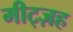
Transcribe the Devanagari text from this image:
मीट्ज़ह